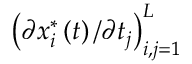
\left( \partial x _ { i } ^ { \ast } \left( t \right) / \partial t _ { j } \right) _ { i , j = 1 } ^ { L }